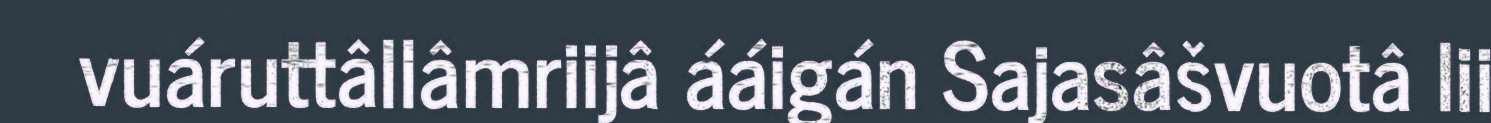
vuáruttâllâmriijâ ááigán Sajasâšvuotâ lii